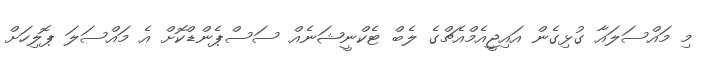
މި މައްސަލައާ ގުޅިގެން އައިޖީއެމްއެޗްގެ ލެބް ޓެކްނީޝަނެއް ސަސްޕެންޑްކޮށް އެ މައްސަލަ ޕޮލިހަށް